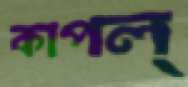
কাপল্